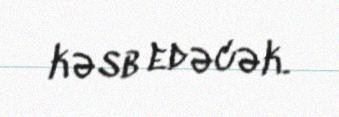
kəsb edəcək.